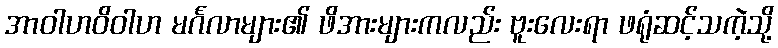
အာဝါဟဝိဝါဟ မင်္ဂလာများ၏ ဖိအားများကလည်း ဗူးလေးရာ ဖရုံဆင့်သကဲ့သို့